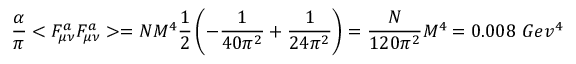
{ \frac { \alpha } { \pi } } < F _ { \mu \nu } ^ { a } F _ { \mu \nu } ^ { a } > = N M ^ { 4 } { \frac { 1 } { 2 } } \left( - { \frac { 1 } { 4 0 \pi ^ { 2 } } } + { \frac { 1 } { 2 4 \pi ^ { 2 } } } \right) = { \frac { N } { 1 2 0 \pi ^ { 2 } } } M ^ { 4 } = 0 . 0 0 8 ~ G e v ^ { 4 }